342_HS1-416511228_319.1 Flying Discs 1949
Agency: Department of War
Incident date: 1/9/50
Page 39
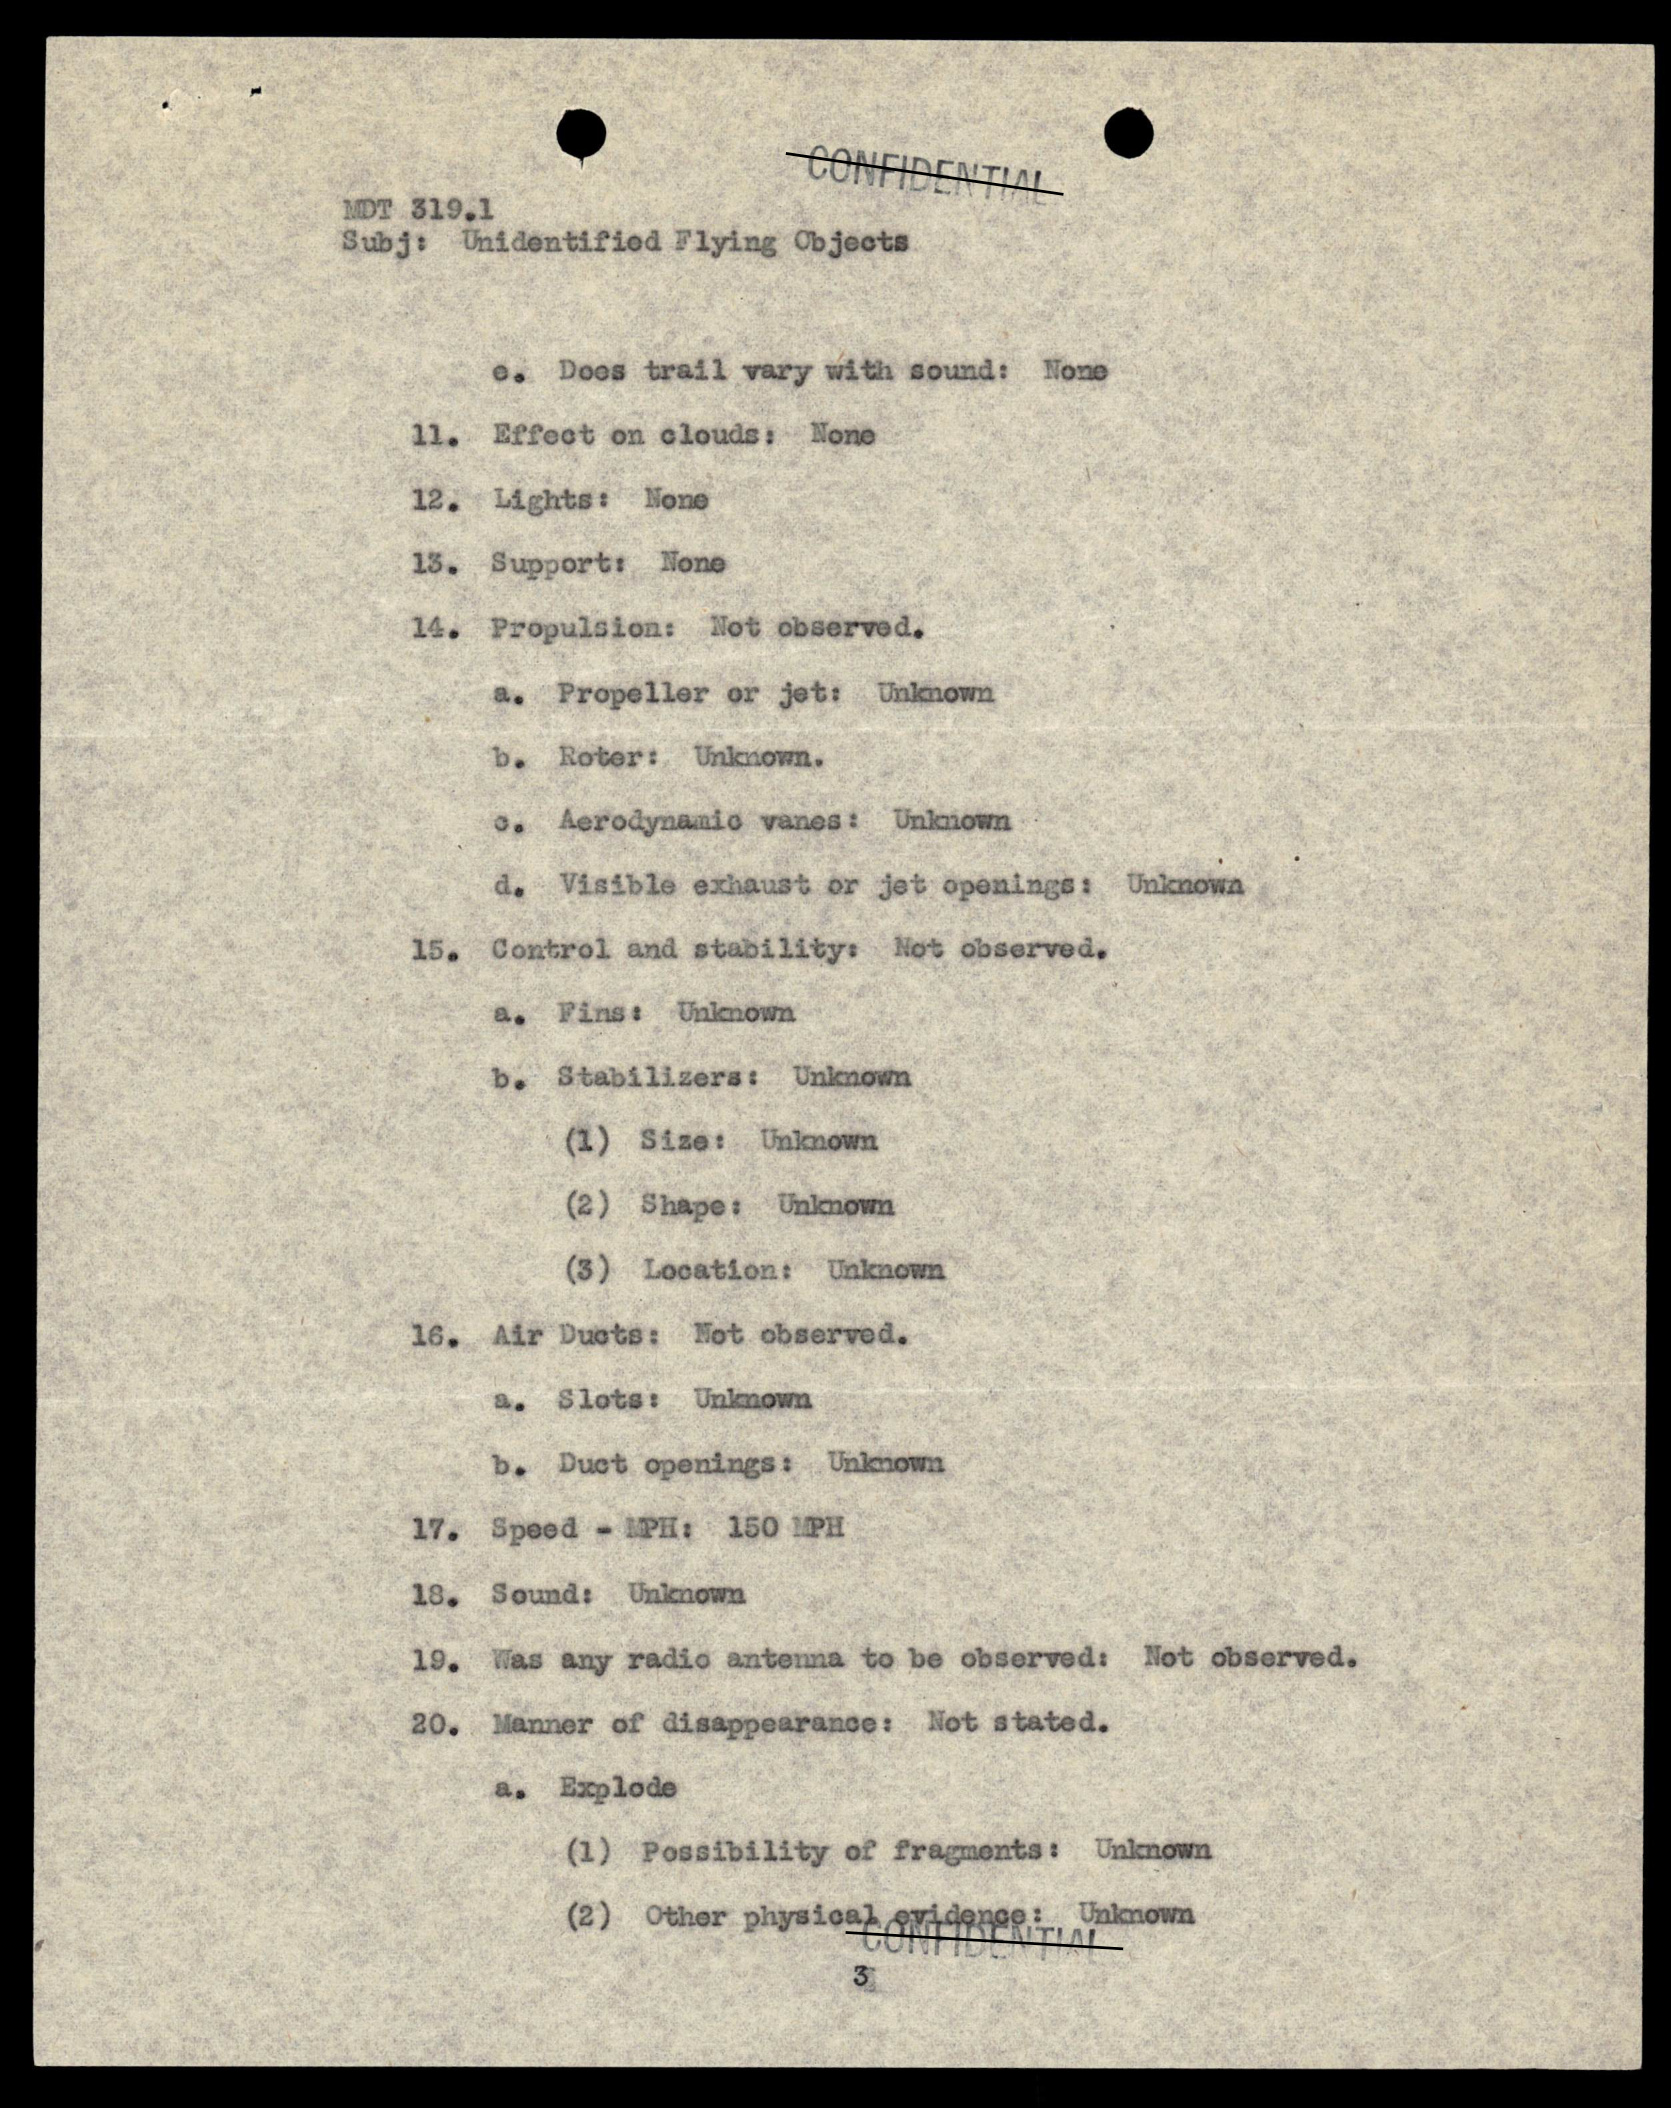